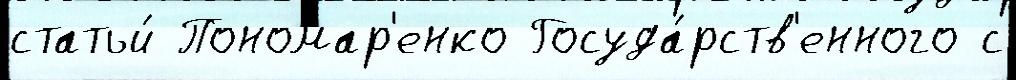
статьи́ Пономар'енко Госуда́рств'енного с